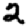
Digit: 2